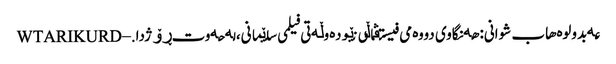
عەبدولوەهاب شوانی: هەنگاوی دووەمی فیستڤاڵی نێودەوڵەتی فیلمی سلێمانی، لە حەوت ڕۆژدا. – WTARIKURD